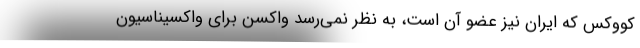
کووکس که ایران نیز عضو آن است، به نظر نمی‌رسد واکسن برای واکسیناسیون